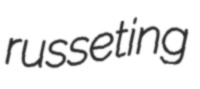
russeting